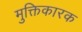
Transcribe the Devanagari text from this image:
मुक्तिकारक